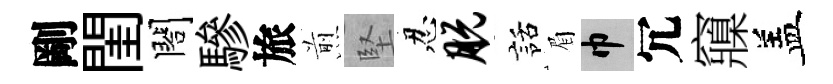
剛閨閤驂旅煎堅忍脱話眉巾冗䆿盖